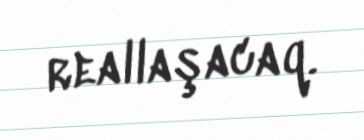
reallaşacaq.